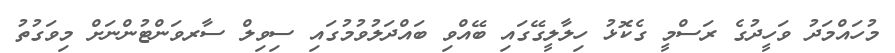
މުހައްމަދު ވަހީދުގެ ރަސްމީ ގެކޮޅު ހިލާލީގޭގައި ބޭއްވި ބައްދަލުވުމުގައި ސިވިލް ސާރވަންޓުންނަށް މިވަގުތު